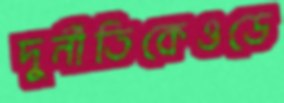
দুর্নীতিকেওডে